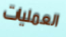
العمليات